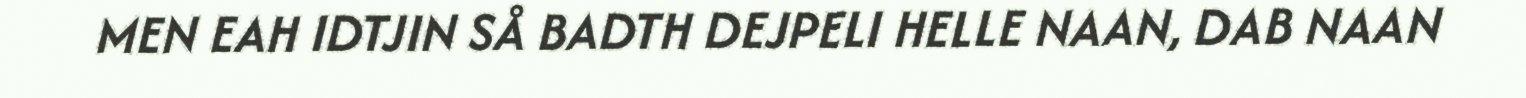
MEN EAH IDTJIN SÅ BADTH DEJPELI HELLE NAAN, DAB NAAN